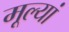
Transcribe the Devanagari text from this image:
मूल्यां